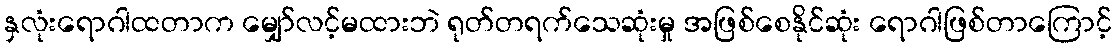
နှလုံးရောဂါထတာက မျှော်လင့်မထားဘဲ ရုတ်တရက်သေဆုံးမှု အဖြစ်စေနိုင်ဆုံး ရောဂါဖြစ်တာကြောင့်